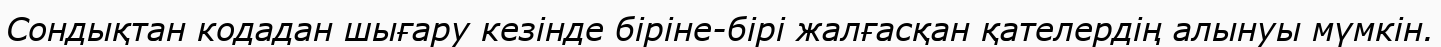
Сондықтан кодадан шығару кезінде біріне-бірі жалғасқан қателердің алынуы мүмкін.